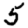
Digit: 5